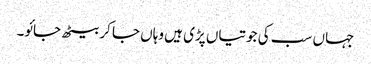
جہاں سب کی جوتیاں پڑی ہیں وہاں جا کر بیٹھ جائو۔